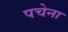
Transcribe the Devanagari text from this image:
पचेना